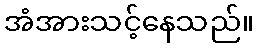
အံအားသင့်နေသည်။